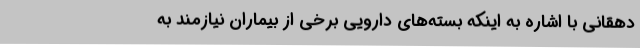
دهقانی با اشاره به اینکه بسته‌های دارویی برخی از بیماران نیازمند به